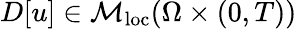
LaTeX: D[u]\in\mathcal{M}_{\mathrm{loc}}(\Omega\times(0,T))